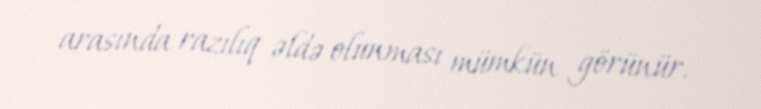
arasında razılıq əldə olunması mümkün görünür.